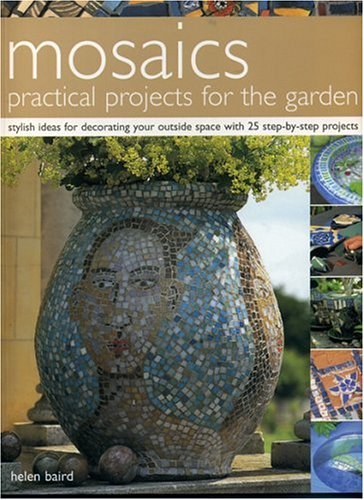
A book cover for Mosaics: Practical Projects for the Garden: Stylish Ideas for Decorating Your Outside Space with 25 Step-by-Step Projects; Helen Baird; Cookbooks, Food & Wine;